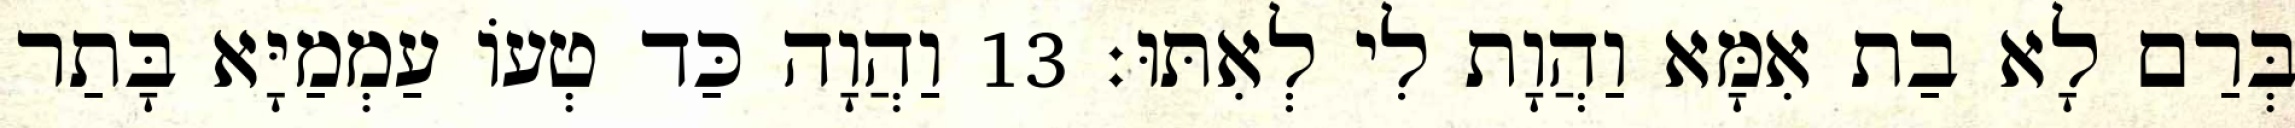
בְּרַם לָא בַת אִמָּא וַהֲוָת לִי לְאִתּוּ׃ 13 וַהֲוָה כַּד טְעוֹ עַמְמַיָּא בָּתַר